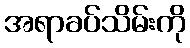
အရာခပ်သိမ်းကို